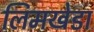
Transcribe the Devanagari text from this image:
लिमखेडा